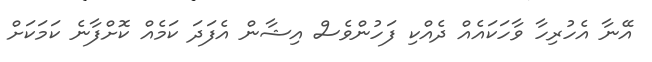
އޭނާ އެހުރިހާ ވާހަކައެއް ދެއްކި ފަހުންވެސް އިޝާން އެފަދަ ކަމެއް ކޮށްފާނެ ކަމަކަށް